Lunatic asylums in Bengal annual reports 1912-1924 - 1912-1924
Year: 1912
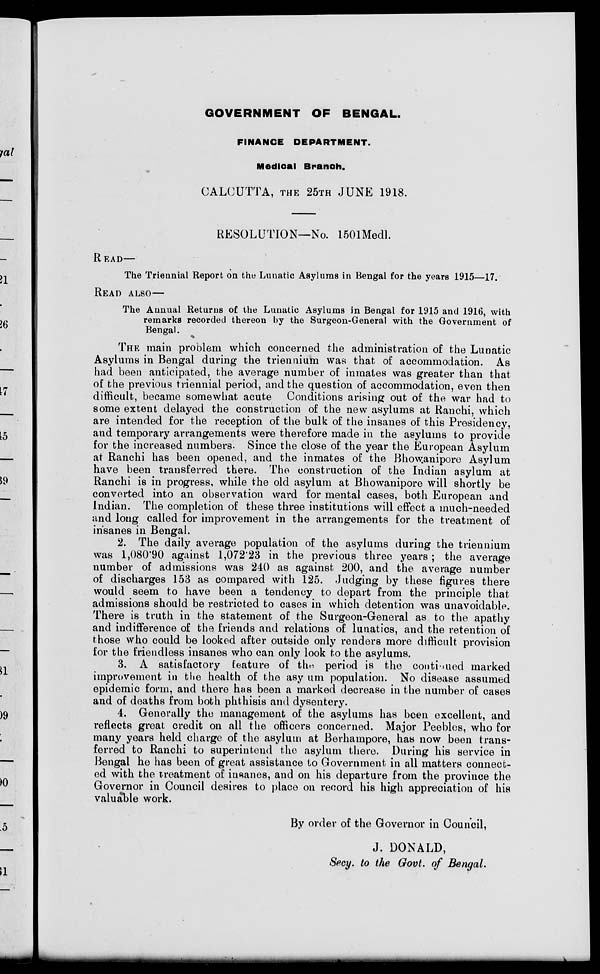
GOVERNMENT OF BENGAL.
FINANCE DEPARTMENT.
Medical Branch.
CALCUTTA, THE 25TH JUNE 1918.
RESOLUTION—No. 1501Medl.
READ—
The Triennial Report on the Lunatic Asylums in Bengal for the years 1915—17.
READ ALSO—
The Annual Returns of the Lunatic Asylums in Bengal for 1915 and 1916, with
remarks recorded thereon by the Surgeon-General with the Government of
Bengal.
The main problem which concerned the administration of the Lunatic
Asylums in Bengal during the triennium was that of accommodation. As
had been anticipated, the average number of inmates was greater than that
of the previous triennial period, and the question of accommodation, even then
difficult, became somewhat acute Conditions arising out of the war had to
some extent delayed the construction of the new asylums at Ranchi, which
are intended for the reception of the bulk of the insanes of this Presidency,
and temporary arrangements were therefore made in the asylums to provide
for the increased numbers. Since the close of the year the European Asylum
at Ranchi has been opened, and the inmates of the Bhowanipore Asylum
have been transferred there. The construction of the Indian asylum at
Ranchi is in progress, while the old asylum at Bhowanipore will shortly be
converted into an observation ward for mental cases, both European and
Indian. The completion of these three institutions will effect a much-needed
and long called for improvement in the arrangements for the treatment of
insanes in Bengal.
2. The daily average population of the asylums during the triennium
was 1,080.90 against 1,072.23 in the previous three years ; the average
number of admissions was 240 as against 200, and the average number
of discharges 153 as compared with 125. Judging by these figures there
would seem to have been a tendency to depart from the principle that
admissions should be restricted to cases in which detention was unavoidable.
There is truth in the statement of the Surgeon-General as to the apathy
and indifference of the friends and relations of lunatics, and the retention of
those who could be looked after outside only renders more difficult provision
for the friendless insanes who can only look to the asylums.
3. A satisfactory feature of the period is the continued marked
improvement in the health of the asylum population. No disease assumed
epidemic form, and there has been a marked decrease in the number of cases
and of deaths from both phthisis and dysentery.
4. Generally the management of the asylums has been excellent, and
reflects great credit on all the officers concerned. Major Peebles, who for
many years held charge of the asylum at Berhampore, has now been trans-
ferred to Ranchi to superintend the asylum there. During his service in
Bengal he has been of great assistance to Government in all matters connect-
ed with the treatment of insanes, and on his departure from the province the
Governor in Council desires to place on record his high appreciation of his
valuable work.
By order of the Governor in Council,
J. DONALD,
Secy. to the Govt. of Bengal.